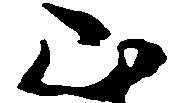
山